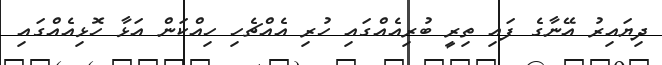
ދިޔައިރު އޭނާގެ ފައި ތިރީ ބުރިއެއްގައި ހުރި އެއްޗެހި ހިއްކަން އަޅާ ހޮޅިއެއްގައި